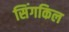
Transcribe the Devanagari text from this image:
सिंगकिल